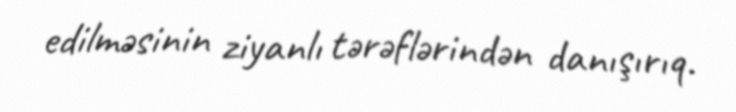
edilməsinin ziyanlı tərəflərindən danışırıq.